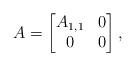
LaTeX: \begin{align*}A=\begin{bmatrix}A_{1,1} & 0 \\0 & 0\end{bmatrix},\end{align*}